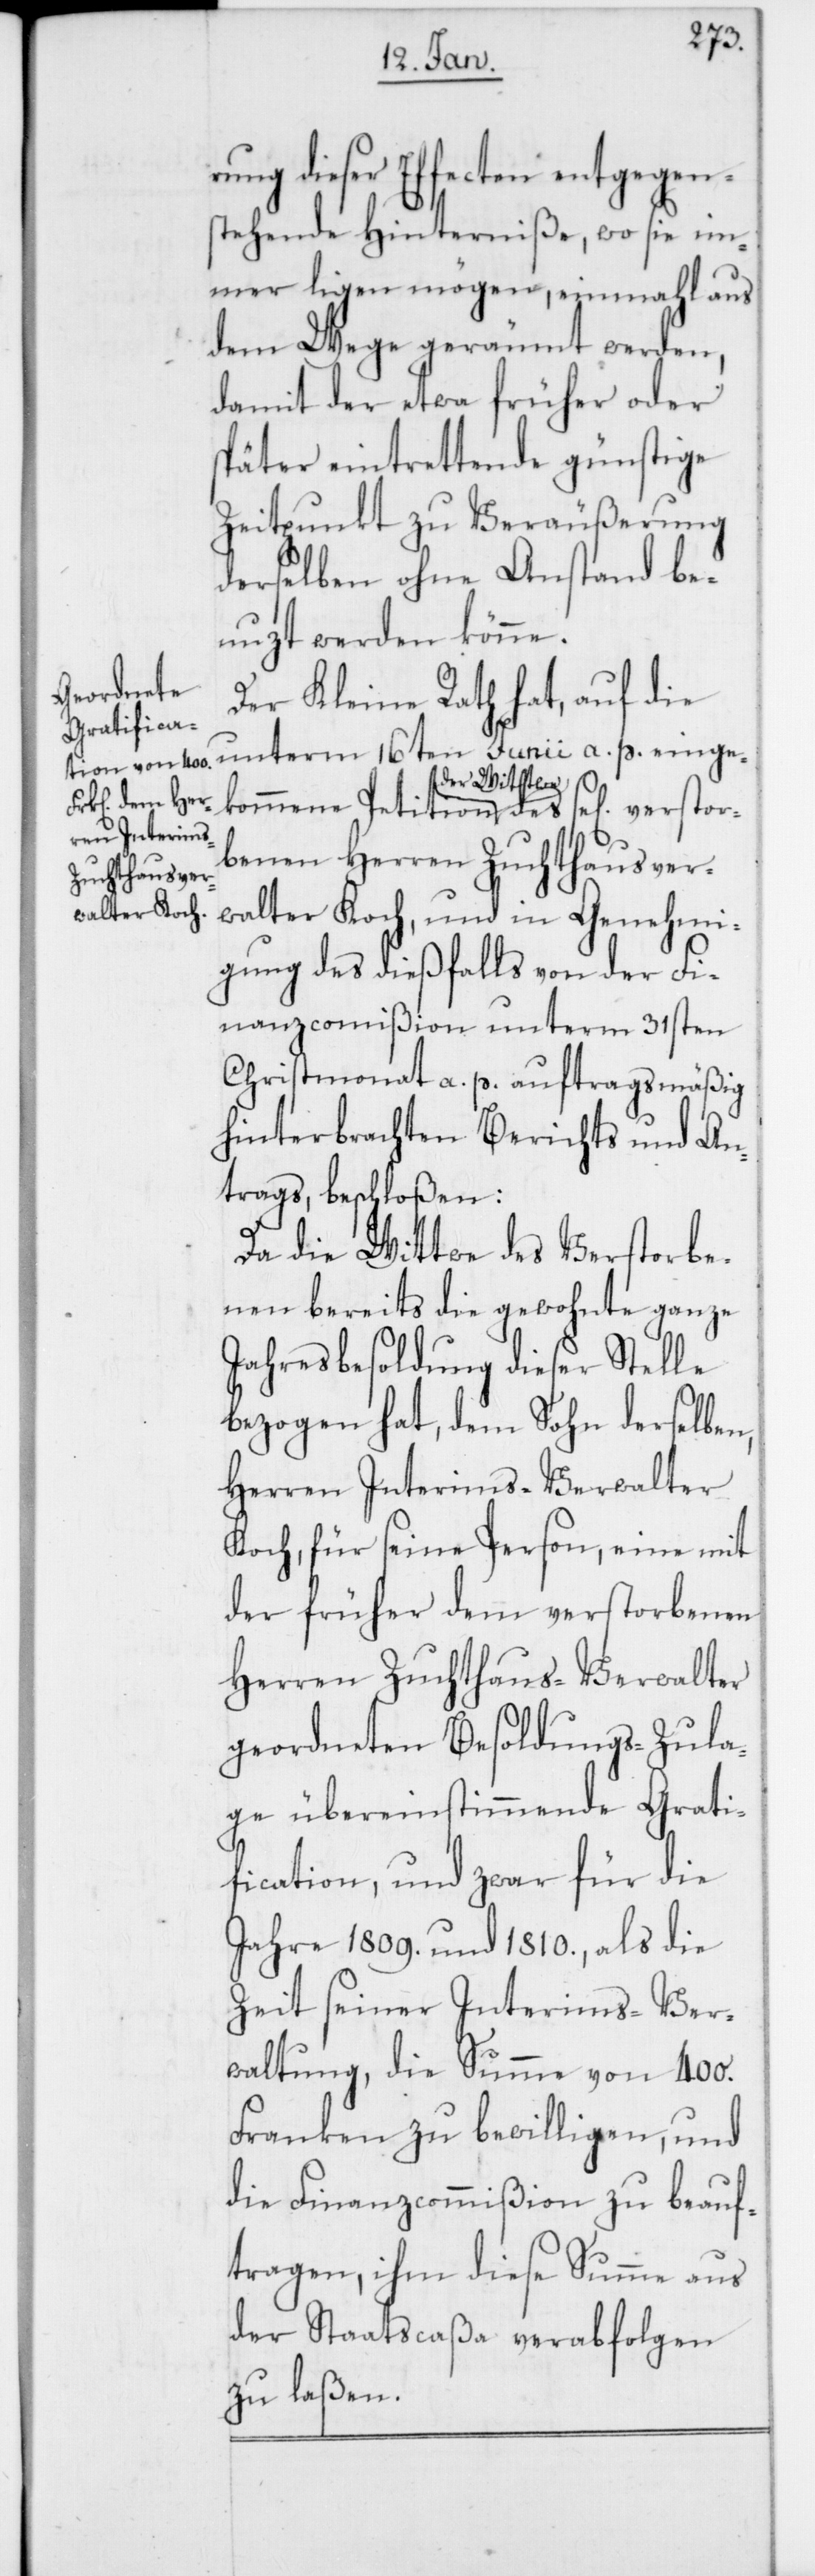
rung dieser Effecten entgegen¬
stehende Hinterniße, wo sie im¬
mer ligen mögen, einmahl aus
dem Wege geräumt werden,
damit der etwa früher oder
später eintrettende günstige
Zeitpunkt zu Veräußerung
derselben ohne Anstand be¬
nuzt werden könne.
Der Kleine Rath hat, auf die
unterm 16ten Junii a. p. einge¬
ig] verstor¬
kommene Petition der Wittwe des se[l¬
benen Herren Zuchthausver¬
walter Koch, und in Genehmi¬
gung des dießfalls von der Fi¬
nanzcommißion unterm 31sten
Christmonat a. p. auftragsmäßig
hinterbrachten Berichts und An¬
trags, beschloßen:
Da die Wittwe des Verstorbe¬
nen bereits die gewohnte ganze
Jahresbesoldung dieser Stelle
bezogen hat, dem Sohn derselben,
Herren Interims-Verwalter
Koch, für seine Person, eine mit
der früher dem verstorbenen
Herren Zuchthaus-Verwalter
geordneten Besoldungs-Zula¬
ge übereinstimmende Grati¬
fication, und zwar für die
Jahre 1809. und 1810., als die
Zeit seiner Interims-Ver¬
waltung, die Summe von 400.
Franken zu bewilligen, und
die Finanzcommißion zu beauf¬
tragen, ihm diese Summe aus
der Staatscaßa verabfolgen
zu laßen.